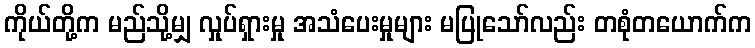
ကိုယ်တို့က မည်သို့မျှ လှုပ်ရှားမှု အသံပေးမှုများ မပြုသော်လည်း တစုံတယောက်က